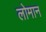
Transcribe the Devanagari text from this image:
लोमान